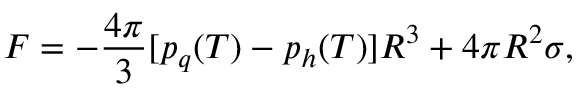
F = - { \frac { 4 \pi } { 3 } } [ p _ { q } ( T ) - p _ { h } ( T ) ] R ^ { 3 } + 4 \pi R ^ { 2 } \sigma ,